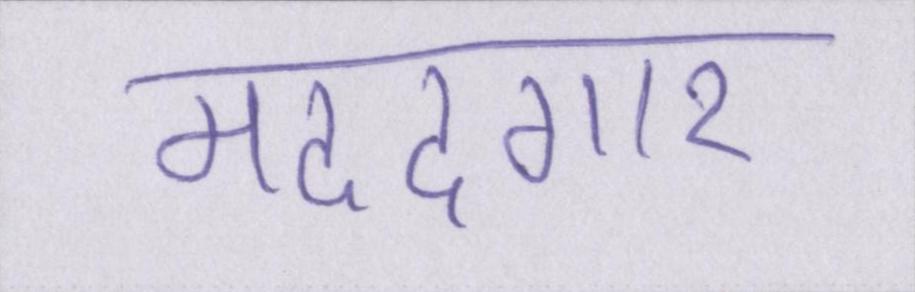
मददगार